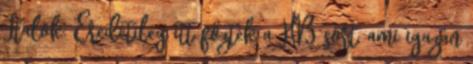
Italok: Eredetileg itt főzték a HB sört, ami igazán